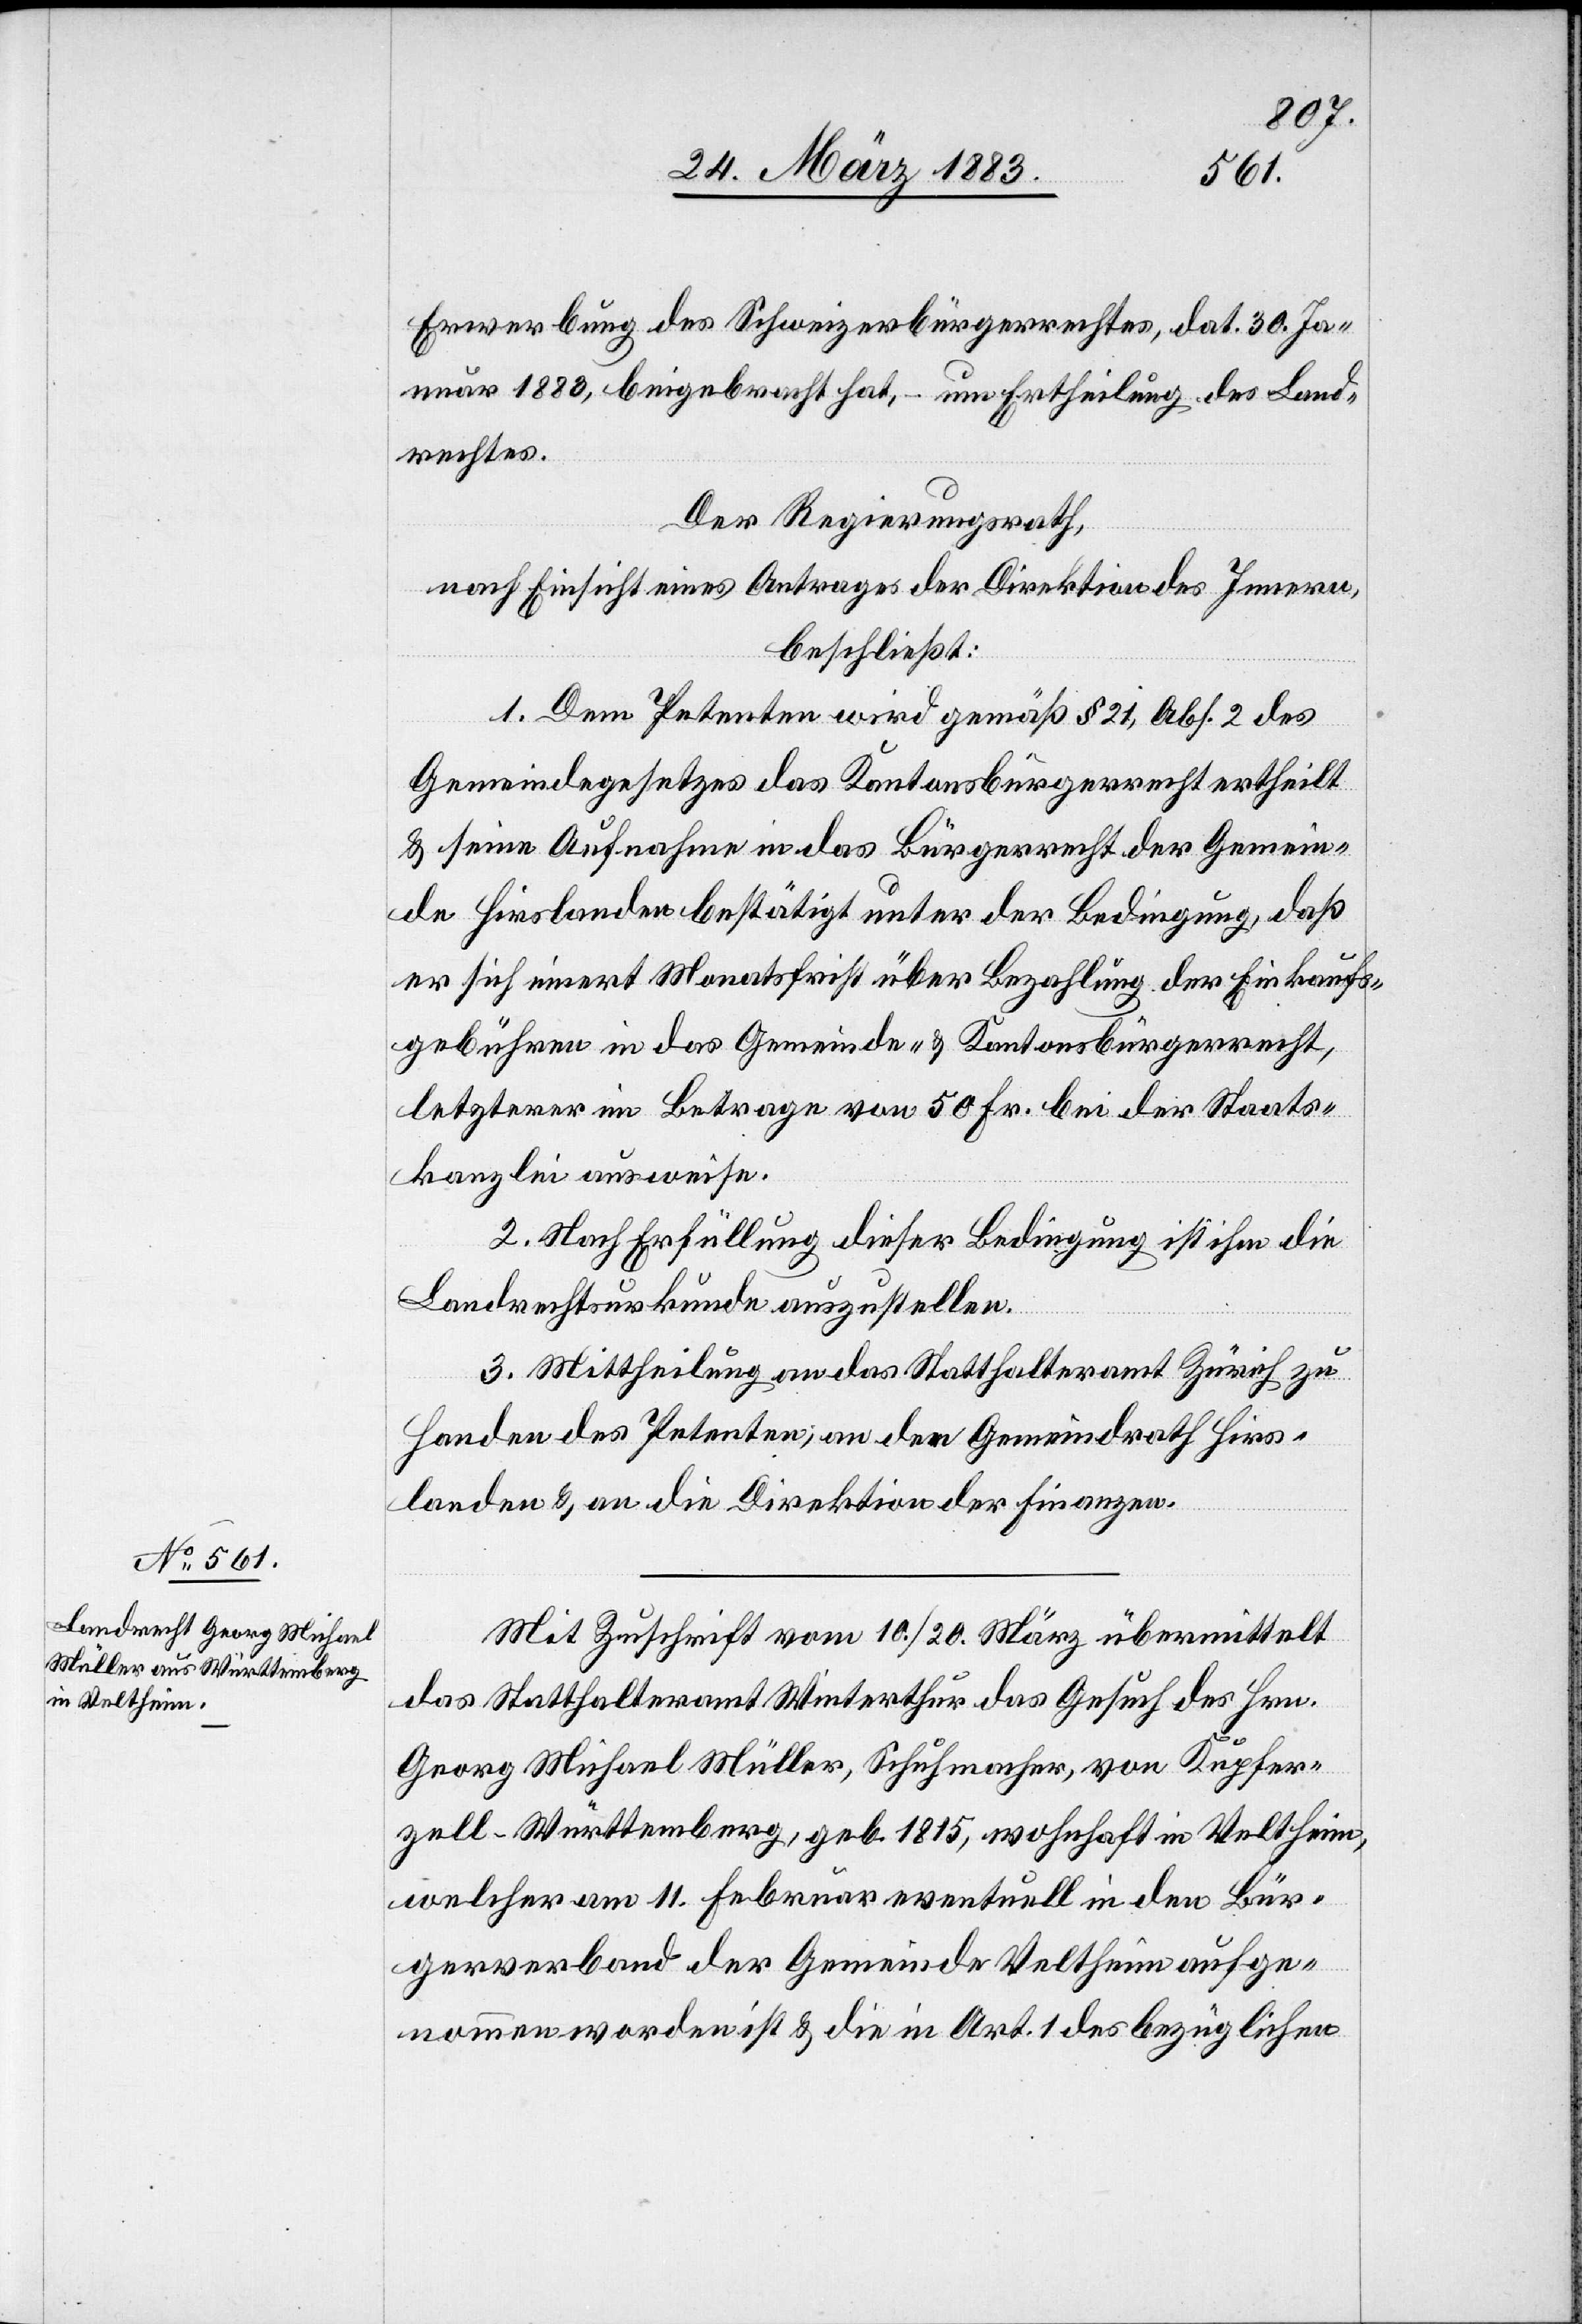
Erwerbung des Schweizerbürgerrechtes, dat. 30. Ja¬
nuar 1883, beigebracht hat, – um Ertheilung des Land¬
rechtes.
Der Regierungsrath,
nach Einsicht eines Antrages der Direktion des Innern,
beschließt:
1. Dem Petenten wird gemäß § 21, Abs. 2 des
Gemeindegesetzes das Kantonsbürgerrecht ertheilt
& seine Aufnahme in das Bürgerrecht der Gemein¬
de Hirslanden bestätigt unter der Bedingung, daß
er sich innert Monatsfrist über Bezahlung der Einkaufs¬
gebühren in das Gemeinde- & Kantonsbürgerrecht,
letzterer im Betrage von 50 Fr. bei der Staats¬
kanzlei ausweise.
2. Nach Erfüllung dieser Bedingung ist ihm die
Landrechtsurkunde auszustellen.
3. Mittheilung an das Statthalteramt Zürich zu
Handen des Petenten, an den Gemeindrath Hirs¬
landen & an die Direktion der Finanzen.
Mit Zuschrift vom 10./20. März übermittelt
das Statthalteramt Winterthur das Gesuch des Hrn.
Georg Michael Müller, Schuhmacher, von Kupfer¬
zell - Württemberg, geb. 1815, wohnhaft in Veltheim,
welcher am 11. Februar eventuell in den Bür¬
gerverband der Gemeinde Veltheim aufge¬
nommen worden ist & die in Art. 1 des bezüglichen